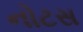
નોટસ